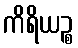
ကိရိယဉ္စ